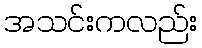
အသင်းကလည်း